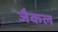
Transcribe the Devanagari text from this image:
जैकल